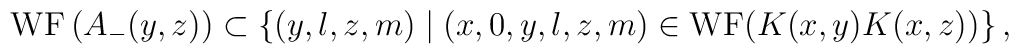
{\rm WF}\, (A_-(y,z))\subset  \{ (y,l,z,m)\mid (x,0,y,l,z,m)\in{\rm WF}(K(x,y)K(x,z))\} \, ,